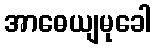
အာဓေယျမုခေါ